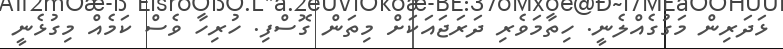
ޅަދަރިން މަގުގެއްލެނީ. ހިތާމަވެރި ދަރަޖައަކަށް މިތަން ގޮސްފި. ހުރިހާ ވެސް ކަމެއް މިގުޅެނީ